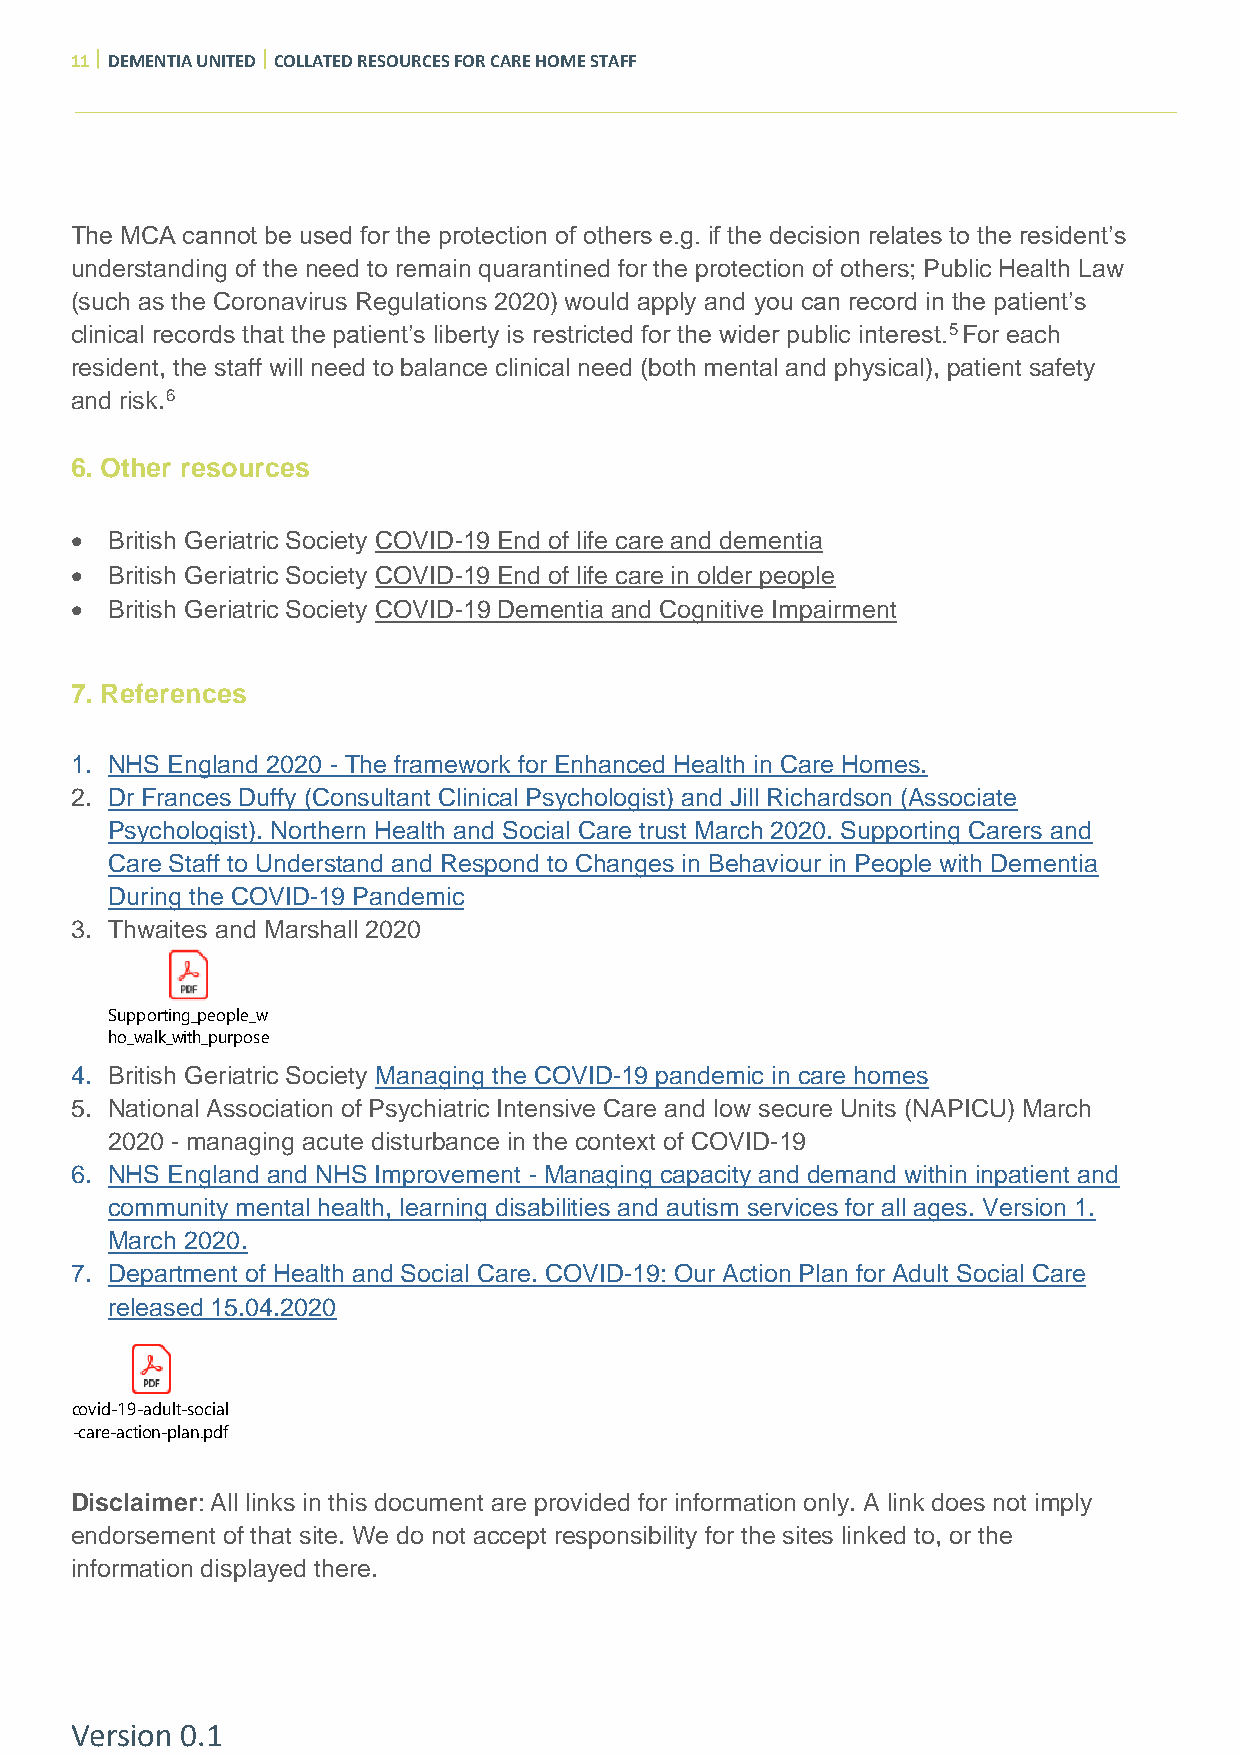
11  DEMENTIA UNITED  COLLATED RESOURCES FOR CARE HOME STAFF
 The MCA cannot be used for the protection of others e.g. if the decision relates to the resident’s
 understanding of the need to remain quarantined for the protection of others; Public Health Law
 (such as the Coronavirus Regulations 2020) would apply and you can record in the patient’s
 clinical records that the patient’s liberty is restricted for the wider public interest.5 For each
 resident, the staff will need to balance clinical need (both mental and physical), patient safety
 and risk.6
 6. Other resources
 • British Geriatric Society COVID-19 End of life care and dementia
 • British Geriatric Society COVID-19 End of life care in older people
 • British Geriatric Society COVID-19 Dementia and Cognitive Impairment
 7. References
 1. NHS England 2020 - The framework for Enhanced Health in Care Homes.
 2. Dr Frances Duffy (Consultant Clinical Psychologist) and Jill Richardson (Associate
 Psychologist). Northern Health and Social Care trust March 2020. Supporting Carers and
 Care Staff to Understand and Respond to Changes in Behaviour in People with Dementia
 During the COVID-19 Pandemic
 3. Thwaites and Marshall 2020
 Supporting_people_w
 ho_walk_with_purpose_during_the_COVID19_pandemic__version_1.0.pdf
 4. British Geriatric Society Managing the COVID-19 pandemic in care homes
 5. National Association of Psychiatric Intensive Care and low secure Units (NAPICU) March
 2020 - managing acute disturbance in the context of COVID-19
 6. NHS England and NHS Improvement - Managing capacity and demand within inpatient and
 community mental health, learning disabilities and autism services for all ages. Version 1.
 March 2020.
 7. Department of Health and Social Care. COVID-19: Our Action Plan for Adult Social Care
 released 15.04.2020
 covid-19-adult-social
 -care-action-plan.pdf
 Disclaimer: All links in this document are provided for information only. A link does not imply
 endorsement of that site. We do not accept responsibility for the sites linked to, or the
 information displayed there.
 Version 0.1